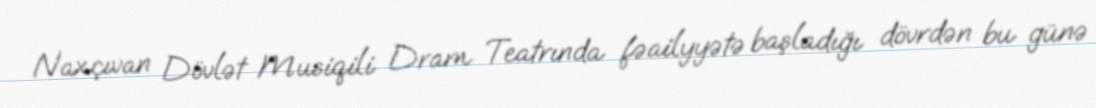
Naxçıvan Dövlət Musiqili Dram Teatrında fəailyyətə başladığı dövrdən bu günə